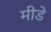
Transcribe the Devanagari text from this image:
मीडे